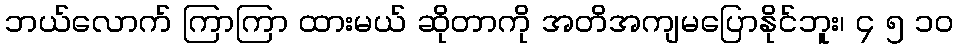
ဘယ်လောက် ကြာကြာ ထားမယ် ဆိုတာကို အတိအကျမပြောနိုင်ဘူး၊ ၄ ၅ ၁၀